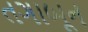
તગાબૂન